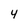
Character: 4